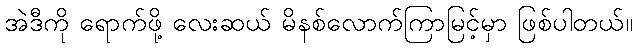
အဲဒီကို ရောက်ဖို့ လေးဆယ် မိနစ်လောက်ကြာမြင့်မှာ ဖြစ်ပါတယ်။